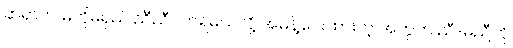
ဆရာက မတိုမရှည် ညီညီဝတ်ရမယ်လို့ အမိန့်ပေးထားတဲ့ အတွက် ညီ-မညီကို